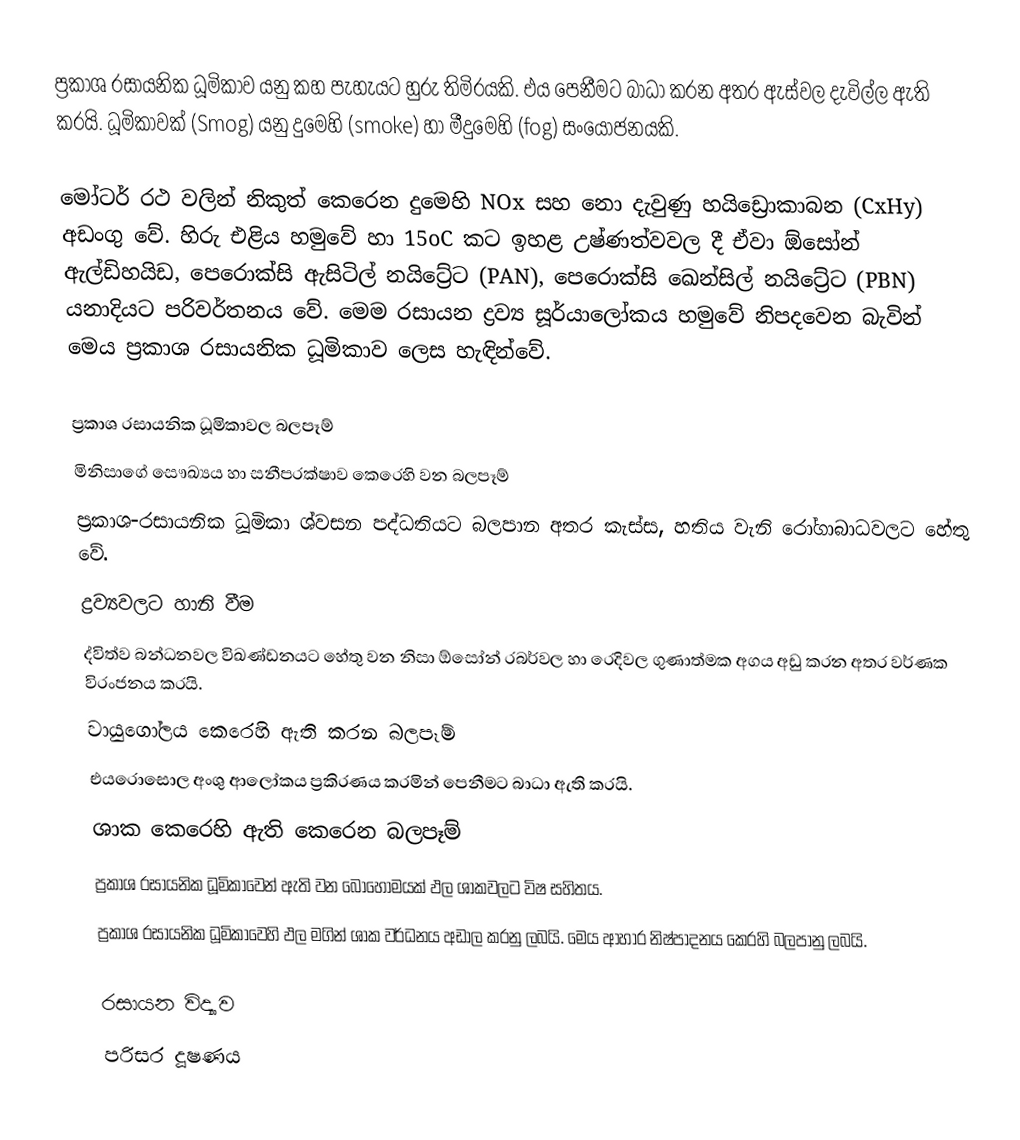
ප්‍රකාශ රසායනික ධූමිකාව යනු කහ පැහැයට හුරු තිමිරයකි. එය පෙනීමට බාධා කරන අතර ඇස්වල දැවිල්ල ඇති කරයි. ධූමිකාවක් (Smog) යනු දුමෙහි (smoke) හා මීදුමෙහි (fog) සංයෝජනයකි.

මෝටර් රථ වලින් නිකුත් කෙරෙන දුමෙහි NOx සහ නො දැවුණු හයිඩ්‍රොකාබන (CxHy) අඩංගු වේ. හිරු එළිය හමුවේ හා 15oC ක‍ට ඉහළ උෂ්ණත්වවල දී ඒවා ඕසෝන් ඇල්ඩිහයිඩ, පෙරොක්සි ඇසිටිල් නයිට්‍රේට (PAN), පෙරොක්සි ඛෙන්සිල් නයිට්‍රේට (PBN) යනාදියට පරිවර්තනය වේ. මෙම රසායන ද්‍රව්‍ය සූර්යාලෝකය හමුවේ නිපදවෙන බැවින් මෙය ප්‍රකාශ රසායනික ධූමිකාව ලෙස හැඳින්වේ.

ප්‍රකාශ රසායනික ධූමිකාවල බලපෑම්
මිනිසාගේ සෞඛ්‍යය හා සනීපරක්ෂාව කෙරෙහි වන බලපෑම්
ප්‍රකාශ-රසායනික ධූමිකා ශ්වසන පද්ධතියට බලපාන අතර කැස්ස, හතිය වැනි රෝගාබාධවලට හේතු වේ.
ද්‍රව්‍යවලට හානි වීම
ද්විත්ව බන්ධනවල විඛණ්ඩනයට හේතු වන නිසා ඕසෝන් රබර්වල හා රෙදිවල ගුණාත්මක අගය අඩු කරන අතර වර්ණක විරංජනය කරයි.
වායුගෝලය කෙරෙහි ඇති කරන බලපෑම්
එයරොසොල අංශු ආලෝකය ප්‍රකිරණය කරමින් පෙනීමට බාධා ඇති කරයි.
ශාක කෙරෙහි ඇති කෙරෙන බලපෑම්
ප්‍රකාශ රසායනික ධූමිකාවෙන් ඇති වන බොහොමයක් ඵල ශාකවලට විෂ සහිතය.
ප්‍රකාශ රසායනික ධූමිකාවෙහි ඵල මගින් ශාක වර්ධනය අඩාල කරනු ලබයි. මෙය ආහාර නිෂ්පාදනය කෙරහි බලපානු ලබයි.

රසායන විද්‍යාව
පරිසර දූෂණය